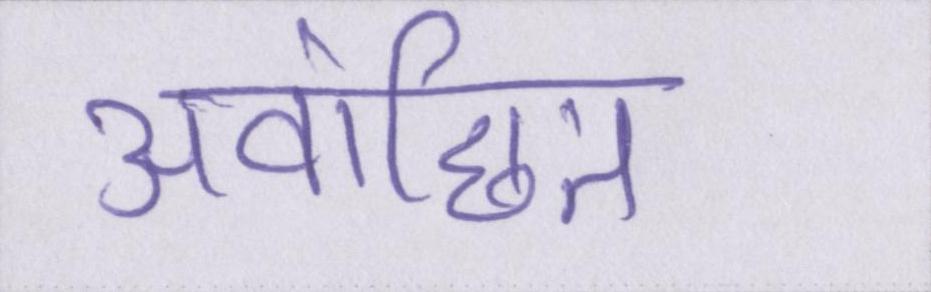
अवांछित